Vaccination in Bombay 1913-1923 - 1913-1923
Year: 1913
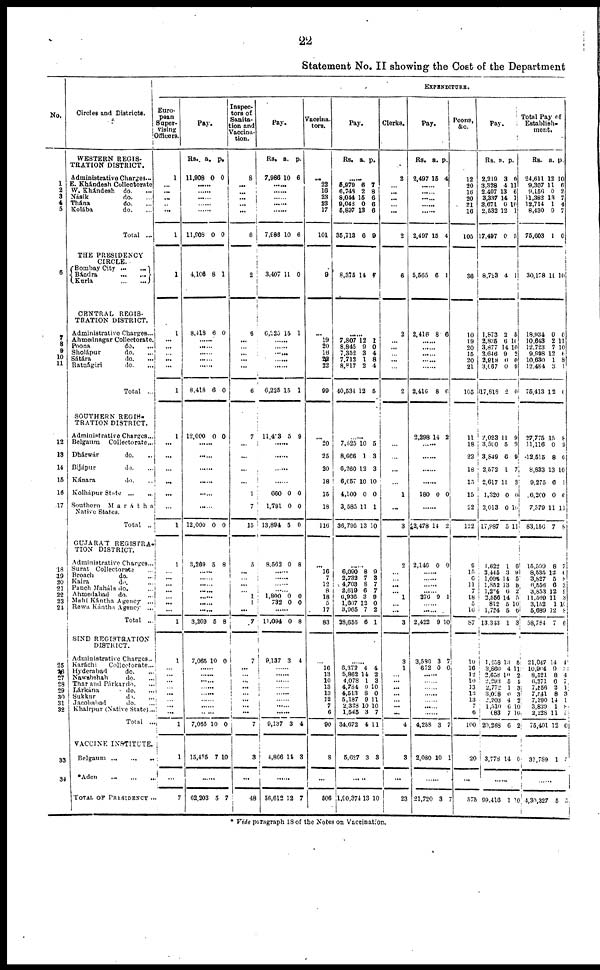
22
Statement No. II showing the Cost of the Department
No.
1
2
3
4
5
6
7
8
9
10
11
12
13
14
15
16
17
18
19
20
21
22
23
21
25
26 27
28
29
30
31
32
33
34
Circles and Districts.
WESTERN REGIS-
TRATION DISTRICT.
Administrative Charges...
E. Khándesh Collectorate
W. Khándesh
do. ...
Násik
do. ...
Thána
do. ...
Kolába
do. ...
Total ...
THE PRESIDENCY
CIRCLE.
Bombay City
...
...
Bándra
...
...
Kurla
...
...
CENTRAL REGIS-
TRATION DISTRICT.
Administrative Charges ...
Ahmednagar Collectorate ...
Poona
do. ...
Sholápur
do. ...
Sátára
do. ...
Ratnágiri
do. ...
Total ...
SOUTHERN REGIS-
TRATION DISTRICT.
Administrative Charges...
Belgaum
Collectorate...
Dhárwár
do. ...
Bijápur
do. ...
Kánara
do. ...
Kolhápur State
...
...
Southern
Marátha
Native States.
Total ..
GUJARAT REGISTRA.
TION DISTRICT.
Administrative Charges...
Surat Collectorate ...
Broach
do. ...
Kaira
do. ...
Punch Manilla do. ...
Ahmedabad
do. ...
Mahi Kántha Agency ...
Rewa Kántha Agency ...
Total ..
SIND REGISTRATION
DISTRICT.
Administrative Charges..
Karáchi
Collectorate...
Hyderabad
do. ...
Nawnbshah
do. ...
Thar and Párkar do. ...
Lárkána
do. ...
Sukkur
do. ...
Jacobabad
do. ...
Khairpur (Native State) ...
Total ...
VACCINE INSTITUTE.
Belgaum
...
...
...
*Aden ... ... ...
TOTAL OF PRESIDENCY ...
EXPENDITURE.
Euro-
pean
Super-
vising
Officers.
1
...
...
...
...
...
1
1
1
...
...
...
...
...
1
1
...
...
...
...
...
...
1
1
...
...
...
...
...
...
...
1
1
...
... ...
...
...
...
...
...
1
1
...
7
Pay.
Rs.
11,908
a.
0
p.
0
...... ......
......
......
......
11,908
4,106
8,418
0
8
6
0
1
0
......
......
......
......
......
8,418
12,000
6
0
0
0
......
......
......
......
......
12,000
3,289
0
5
0
8
......
......
......
......
......
......
3,269
7,065
6
10
8
0
......
......
......
......
......
......
......
......
7,065
15,435
10
7
0
10
......
62,203 5
7
Inspec-
tors of
Sanita-
tion and
Vaccina-
tion.
8
... ...
...
...
...
8
2
6
...
... ...
...
...
6
7
...
...
...
...
1
7
15
5
...
... ...
...
1
1
...
7
7
...
... ...
...
...
...
...
...
7
3
...
48
Pay.
Rs.
7,986
a.
10
p.
6
......
......
......
......
......
7,986
3,407
6,225
10
11
15
6
0
1
......
...... ......
......
......
6,225
11,413
15
5
1
9
......
......
......
660
1,781
13,801
8,562
0
0
5
0
0
0
9
8
......
......
......
......... 1,800
732
0
0
0
0
......
11,094
9,137
0
3
8
4
......
......
......
......
......
......
......
......
9,137
4,866
3
14
4
3
......
56,612 12 7
Vaccina-
tors.
...
22
16
23
23
17
101
9
...
19
20
16
22
22
99
...
20
25
20
18
15
18
116
...
16
7
12
8
18
5
17
83
...
16
13
10
13
13
12
7
6
90
8
...
506
Pay.
Rs. a. p.
......
5,979
6,748
8,044
9,043
5,897
35,713
8,375
6
2
15
0
13
6
14
7
8
6
6
6
9
7
......
7,807
8,845
7,352
7,712
8,817
40,534
12
9
3
1
2
12
1
0
4
8
4
5
......
7,625
8,666
6,260
6,057
4,100
3,585
36,795
10
1
12
10
0
11
13
5
3
3
10
0
1
10
......
6,090
2,732
4,703
2,610
6,936
1,607
3,965
28,655
8
7
8
6
3
12
7
6
9
3
7
7
9
0
2
1
......
6,372
5,862
4,078
4,784
4,513
5,187
2,328
1,545
34,672
5,627
4
14
1 0
8
9 10
3
4
3
4
2
3
10
0
11
10
7
11
3
......
1,90,374 13 10
Clerks.
2
... ...
...
... ...
2
6
2
...
...
...
...
...
2
...
...
...
...
...
1
...
3
2
...
... ...
...
1
... ...
3
3
1
... ...
...
...
...
...
...
4
3
...
23
Pay.
Rs.
2,497
a.
15
p.
4
......
......
......
......
......
2,497
5,565
2,416
15
6
8
4
1
6
......
......
......
......
......
2,416
2,298
8
14
6
2
......
......
......
......
180 0 0
......
22,478
2,146
14
0
2
9
......
......
......
...... 276 9 1
...... ......
2,422
3,586
672
9
3
0
10
7
0
......
......
......
......
......
......
4,258
2,080
3
10
7
1
......
21,720 3 7
Peons,
&c.
12
20
16
20
21
16
105
36
10
19
20
15
20
21
105
11
18
23
18
15
15
22
122
9
15
6
11
7
18
5
10
87
10
16
12
10
13
13
13
7
6
100
20
...
575
Pay.
Rs.
2,219
3,328
2,407
3,337
3,671
2,532
17,407
8,723
1,873
2,835
3,877
2,646
2,918
3,067
17,818
2,023
3,590
3,849
2,572
2,617
1,320
2,013
17,987
1,622
2,445
1,094
1,852
1,234
2,556
812
1,724
13,343
1,258
3,866
2,658
2,293 2,772
3,028
2,203
1,510
683
20,268
3,778
a.
3
4
13
14
0
12
0
4
2
6
14
9
0
0
2
11
5
6
1
11
0
0
5
1
3
14
13
6
14
5
5
1
13
4 10
5
1 0
4 6
7
6
14
p.
0
11
6
1
10
1
5
1
5
10
10
2
0
9
0
9
9
9
7
3
0
10
11
6
9
5
8
2
5 10
6
3
5
11
2
4 3
3
2
10 10
2
0
......
99,416 1 10
Total Pay of
Establish-
ment.
Rs.
24,611
9,307
9,156
11,382
12,714
8,430
75,603
30,178
18,934
10,643
12,723
9,998
10,630
12,484
75,413
27,775
11,116
12,515
8,833
9,275
6,200
7,370
83,150
15,599
8,535
3,827
6,556
3,853
11,569
3,152
5,689
58,784
21,047
10,904
8,521
6,371
7,556
7,541
7,390
3,839
2,228
75,401
31,789
a.
12
11
0
13
1
9
1
11
0
2
7
12
1
3
12
15
0
8
13
6
0
11
7
8
12
5
6
12
11
1
12
7
14
8
8
6 2
8
14
1
11
12
1
p.
10
6
2
7
4
7
0
10
0
11
10
6
8 1
0
8
2
0
10
1
0
11
8
7
6 8
3
9
3
10
8
6
4
3 4
7 1
3
1
8
5
6
5
......
4,30,327 5 5
* Vide paragraph 18 of the Notes on Vaccination.